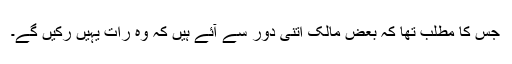
جس کا مطلب تھا کہ بعض مالک اتنی دور سے آئے ہیں کہ وہ رات یہیں رکیں گے۔